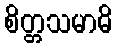
စိတ္တသမာဓိ